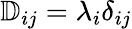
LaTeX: \mathbb{D}_{ij}=\lambda_{i}\delta_{ij}